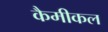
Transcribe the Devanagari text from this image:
कैमीकल